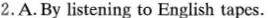
2.A.By listening to English tapes.